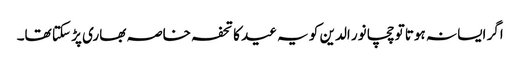
اگر ایسا نہ ہوتا تو چچا نور الدین کو یہ عید کا تحفہ خاصہ بھاری پڑ سکتا تھا۔